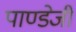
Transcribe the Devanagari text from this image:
पाण्डेजी